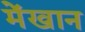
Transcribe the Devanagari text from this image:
मेंखान